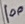
Text: 100